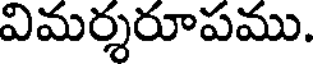
విమర్శరూపము.